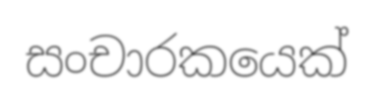
සංචාරකයෙක්